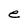
Character: e